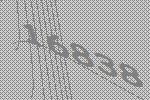
16838